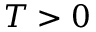
T > 0